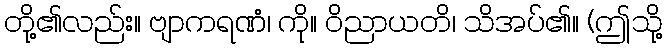
တို့၏လည်း။ ဗျာကရဏံ၊ ကို။ ဝိညာယတိ၊ သိအပ်၏။ (ဤသို့